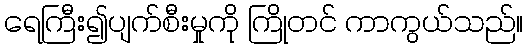
ရေကြီး၍ပျက်စီးမှုကို ကြိုတင် ကာကွယ်သည်။